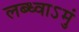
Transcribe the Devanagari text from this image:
लब्ध्वाऽमुं